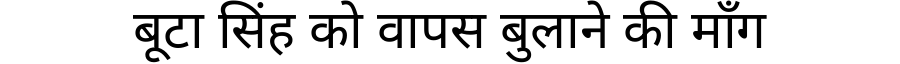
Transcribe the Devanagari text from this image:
बूटा सिंह को वापस बुलाने की माँग